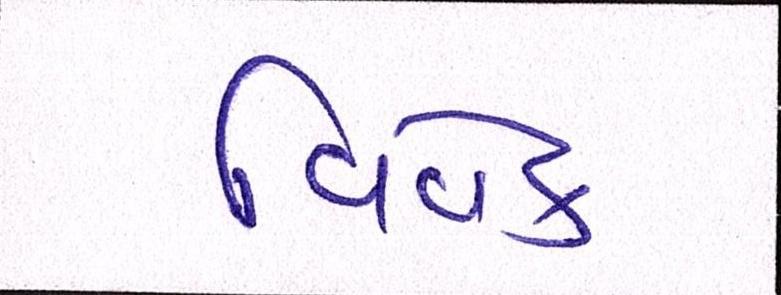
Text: વિવેક